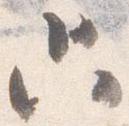
只